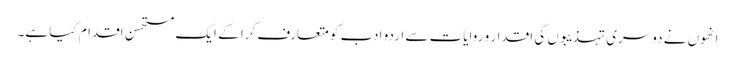
انھوں نے دوسری تہذیبوں کی اقدار و روایات سے اردو ادب کو متعارف کرا کے ایک مستحسن اقدام کیا ہے۔